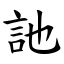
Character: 訑